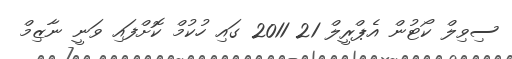
ސިވިލް ކޯޓުން އެޕްރީލް 21 2011 ގައި ހުކުމް ކޮށްފައި ވަނީ ނާޒިމް